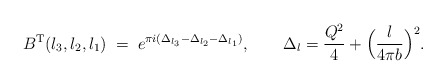
\begin{align*}B^{\rm T}(l_3,l_2,l_1)\;=\;e^{\pi i(\Delta_{l_3}-\Delta_{l_2}-\Delta_{l_1})},\qquad \Delta_l=\frac{Q^2}{4}+\Bigl(\frac{l}{4\pi b}\Bigr)^2.\end{align*}